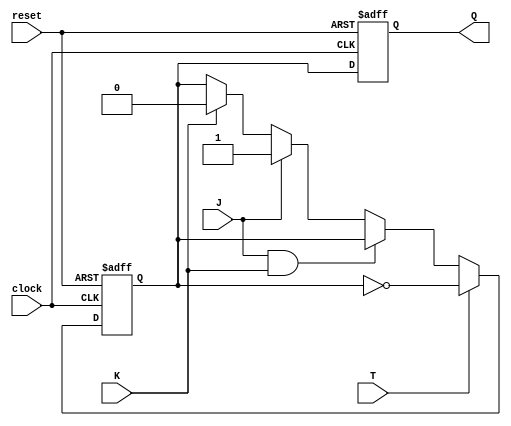
module TFF_JK (
    input wire J, K, T, clock, reset,
    output reg Q
);

reg Q_temp;

always @(posedge clock or posedge reset) begin
    if (reset) begin
        Q_temp <= 1'b0;
    end else begin
        if (T) begin
            Q_temp <= ~Q_temp;
        end else begin
            if (J && K) begin
                Q_temp <= Q_temp;
            end else if (J) begin
                Q_temp <= 1'b1;
            end else if (K) begin
                Q_temp <= 1'b0;
            end
        end
    end
end

always @(posedge clock or posedge reset) begin
    if (reset) begin
        Q <= 1'b0;
    end else begin
        Q <= Q_temp;
    end
end

endmodule